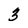
Character: 3